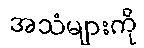
အသံများကို